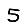
Digit: 5